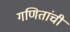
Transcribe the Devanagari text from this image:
गणितांची